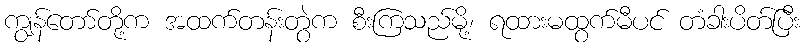
ကျွန်တော်တို့က အထက်တန်းတွဲက စီးကြသည်မို့၊ ရထားမထွက်မီပင် တံခါးပိတ်ပြီး